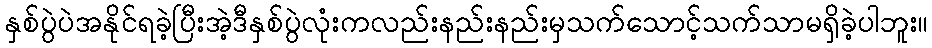
နှစ်ပွဲပဲအနိုင်ရခဲ့ပြီးအဲ့ဒီနှစ်ပွဲလုံးကလည်းနည်းနည်းမှသက်သောင့်သက်သာမရှိခဲ့ပါဘူး။